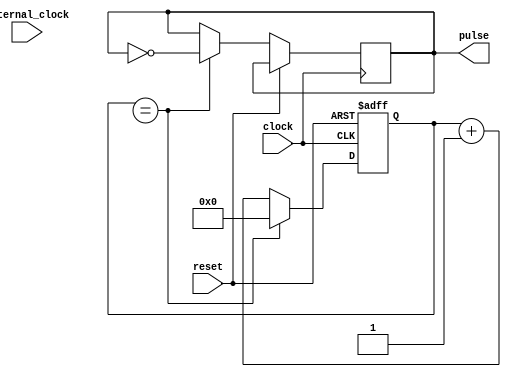
module Asynchronous_Pulse_Generator (
    input wire clock,
    input wire reset,
    input wire external_clock,
    output reg pulse
);

reg [31:0] counter;
reg [31:0] adjustable_frequency;
reg [31:0] phase_locked_frequency;

always @(posedge clock or posedge reset) begin
    if (reset == 1'b1) begin
        counter <= 32'b0;
    end else begin
        if (counter == adjustable_frequency) begin
            counter <= 32'b0;
            pulse <= ~pulse;
        end else begin
            counter <= counter + 1;
        end
    end
end

always @(posedge clock or posedge reset) begin
    if (reset == 1'b1) begin
        // Reset phase-locked loop
    end else begin
        // Update phase-locked loop frequency based on external_clock
    end
end

// Additional logic gates for pulse timing and duration control

endmodule